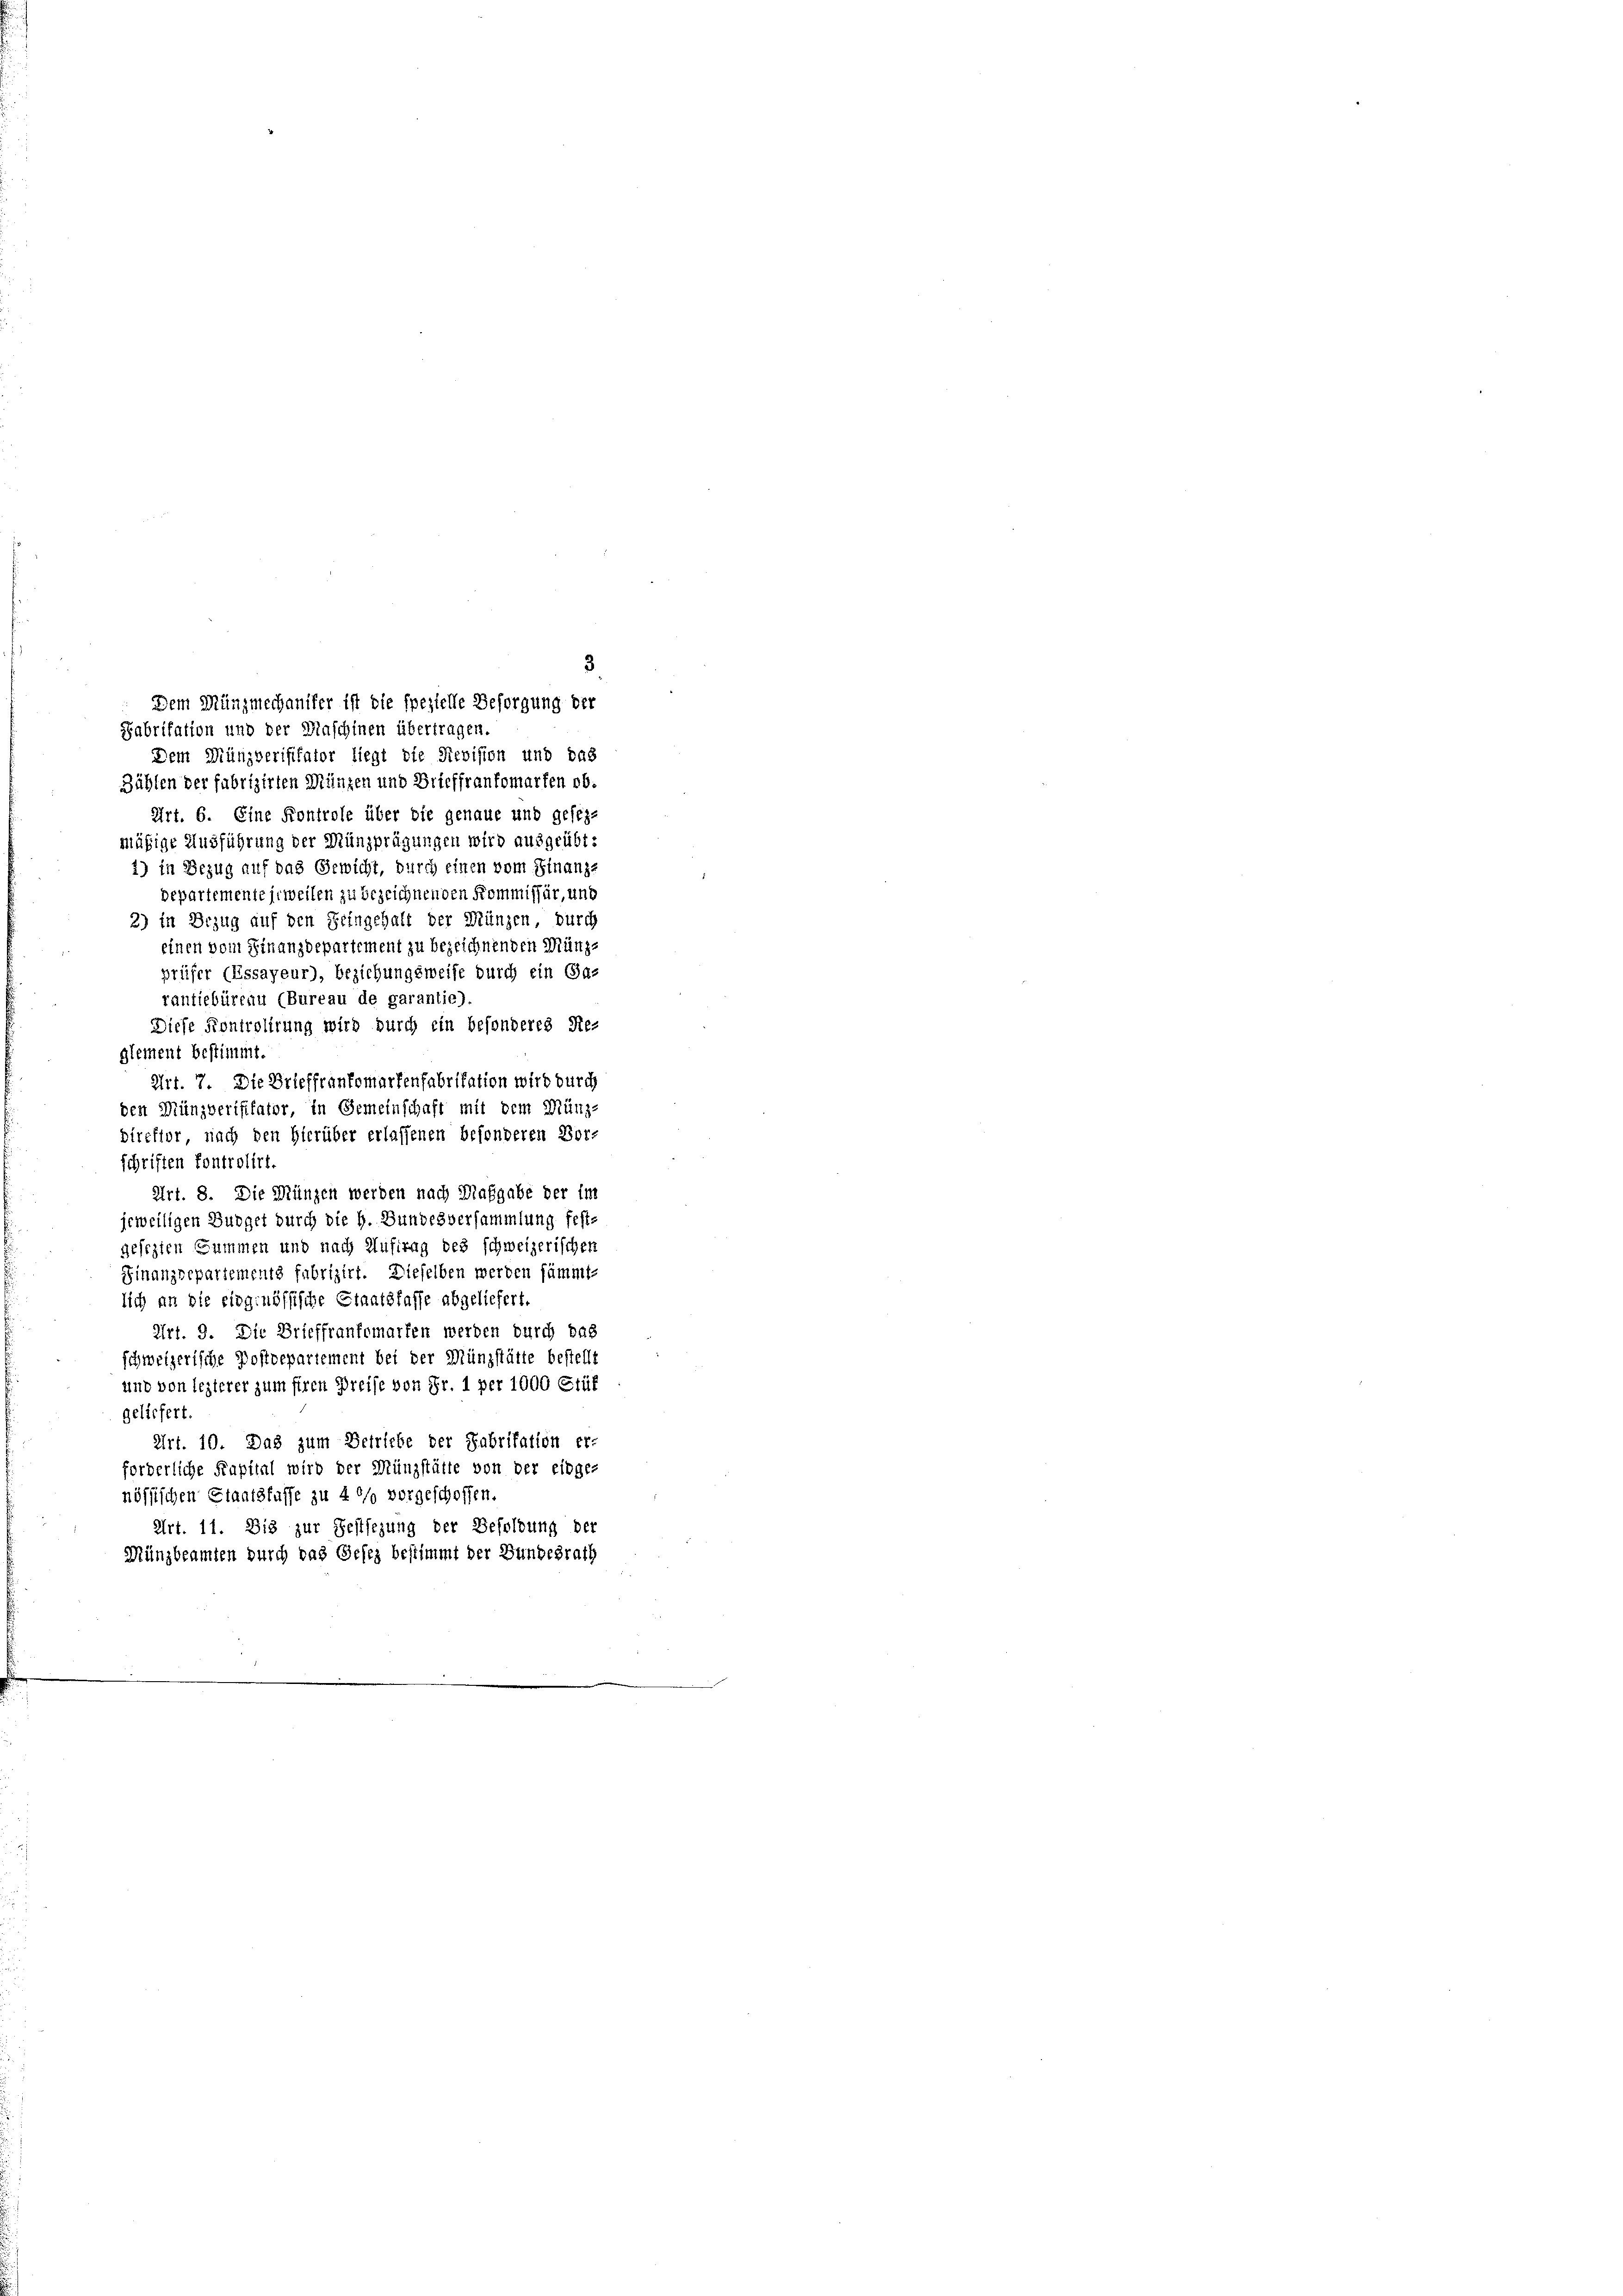
3
Dem Müngmechaniker ist die spezielle Besorgung der
Fabrikation und der Maschinen übertragen.

Dem Münzverifikator liegt die Revision und das
Zählen der fabrizirten Münzen und Brieffrankomarten ob¬
Art. 6. Eine Kontrole über die genaue und gesezmäßige Ausführung der Münzprägungen wird ausgeübt:
1) in Bezug auf das Gewicht, durch einen vom Finanze
departemente jeweilen zu bezeichnenden Kommissär, und
2) in Bezug auf den Feingehalt der Münzen, durch
einen vom Finanzdepartement zu bezeichnenden Münz-
prüfer (Essayeur), beziehungsweise durch ein Ga-
rantiebüreau (Bureau de garantie).
Diese Kontrolirung wird durch ein besonderes Re-
glement bestimmt.
Art. 7. Die Brieffranfomartenfabrikation wird durch
den Münzverifikator, in Gemeinschaft mit dem Münz-
direktor nach den Hierüber erlassenen besonderen Vor-
schriften kontrolirt.
Art. 8. Die Münzen werden nach Maßgabe der im
jeweiligen Budget durch die h. Bundesversammlung feste
gesezten Summen und nach Auftrag des schweizerischen
Finanzdepartements fubrizirt. Dieselben werden sämmt-
lich an die eidgenössische Staatskasse abgeliefert.
Art. 9. Die Brieffraufemarfen werden durch das
schweizerische Postdepartement bei der Münzstätte bestellt
und von lezterer zum firen Preise von Fr. 1 per 1000 Stüf
geliefert
Art. 10. Das zum Betriebe der Fabrikation er-
forderliche Kapital wird der Münzstätte von der eidge-
nössischen Staatsfasse zu 4 %% vorgeschoffen.
Art. 11. Dis zur Festsezung der Befeldung der
Münzbeamten durch das Gesez bestimmt der Bundesrath